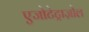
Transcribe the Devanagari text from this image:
एजोटेट्राज़ोल